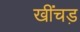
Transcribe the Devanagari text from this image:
खींचड़